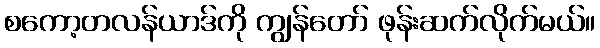
စကော့တလန်ယာဒ်ကို ကျွန်တော် ဖုန်းဆက်လိုက်မယ်။